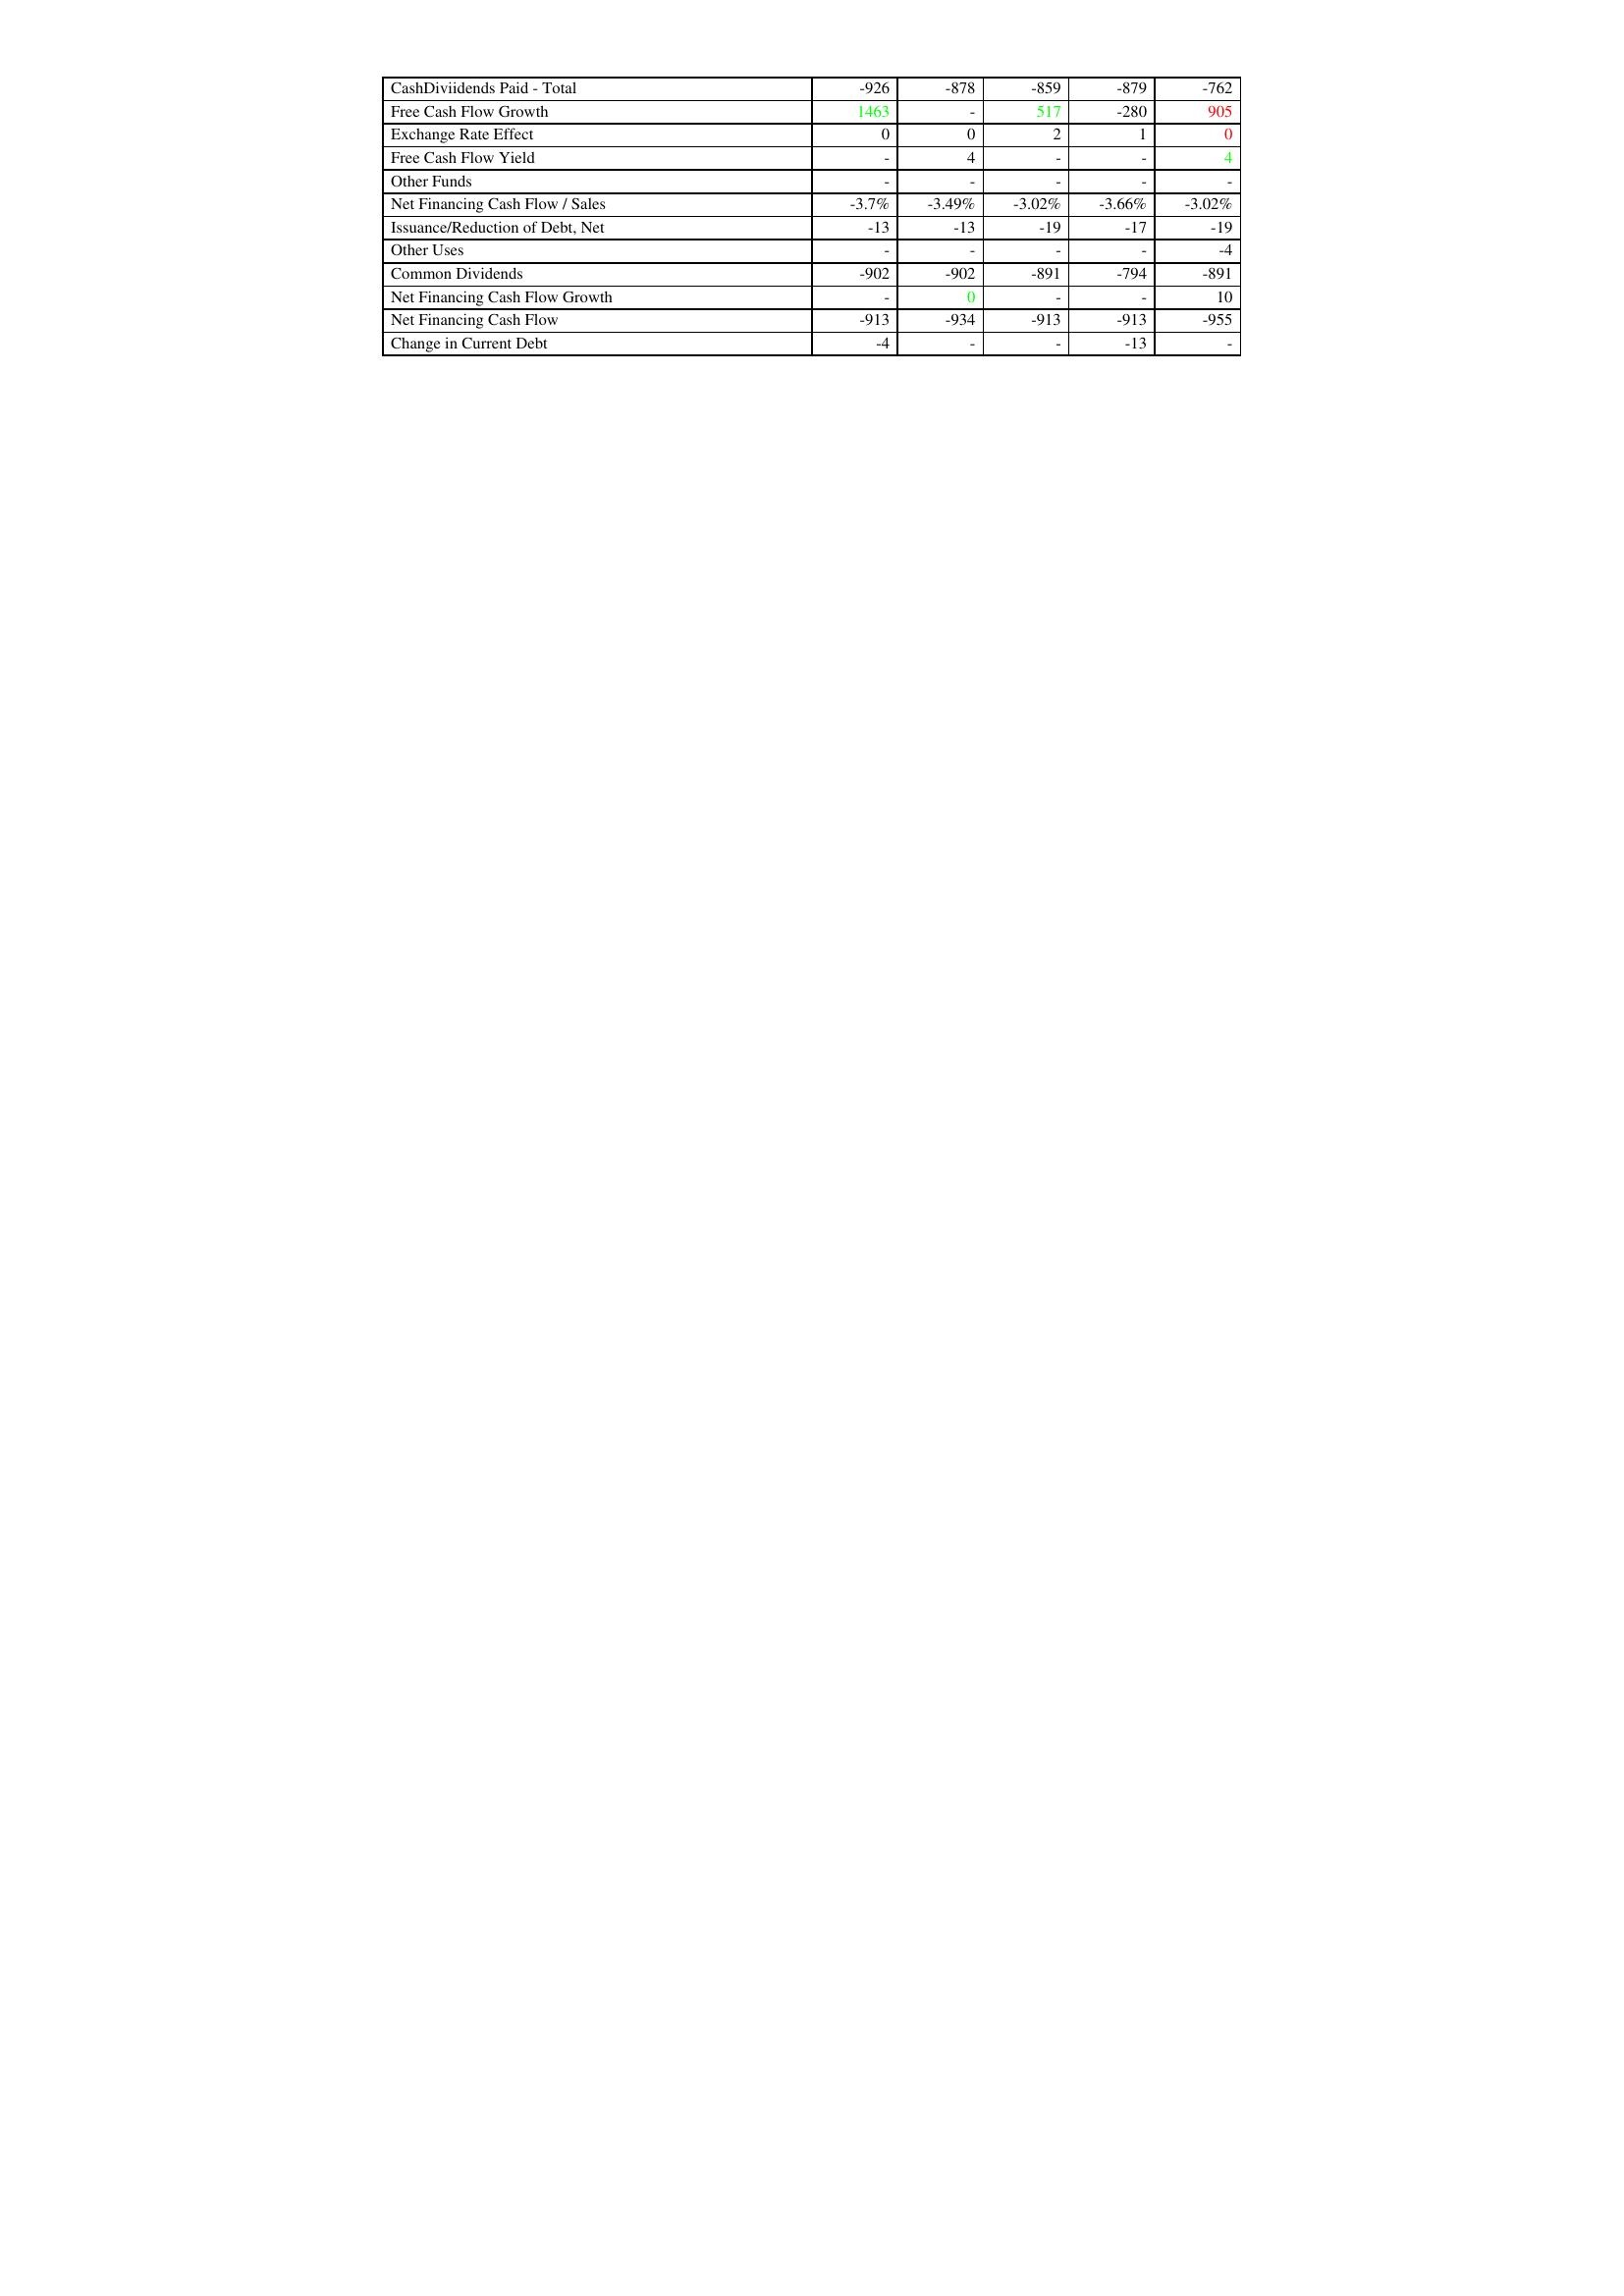
gt_parse: 2011: Financing Activities: CashDiviidends Paid - Total: -926
Free Cash Flow Growth: 1463
Exchange Rate Effect: 0
Free Cash Flow Yield: -
Other Funds: -
Net Financing Cash Flow / Sales: -3.7%
Issuance/Reduction of Debt, Net: -13
Other Uses: -
Common Dividends: -902
Net Financing Cash Flow Growth: -
Net Financing Cash Flow: -913
Change in Current Debt: -4
2012: Financing Activities: CashDiviidends Paid - Total: -878
Free Cash Flow Growth: -
Exchange Rate Effect: 0
Free Cash Flow Yield: 4
Other Funds: -
Net Financing Cash Flow / Sales: -3.49%
Issuance/Reduction of Debt, Net: -13
Other Uses: -
Common Dividends: -902
Net Financing Cash Flow Growth: 0
Net Financing Cash Flow: -934
Change in Current Debt: -
2013: Financing Activities: CashDiviidends Paid - Total: -859
Free Cash Flow Growth: 517
Exchange Rate Effect: 2
Free Cash Flow Yield: -
Other Funds: -
Net Financing Cash Flow / Sales: -3.02%
Issuance/Reduction of Debt, Net: -19
Other Uses: -
Common Dividends: -891
Net Financing Cash Flow Growth: -
Net Financing Cash Flow: -913
Change in Current Debt: -
2014: Financing Activities: CashDiviidends Paid - Total: -879
Free Cash Flow Growth: -280
Exchange Rate Effect: 1
Free Cash Flow Yield: -
Other Funds: -
Net Financing Cash Flow / Sales: -3.66%
Issuance/Reduction of Debt, Net: -17
Other Uses: -
Common Dividends: -794
Net Financing Cash Flow Growth: -
Net Financing Cash Flow: -913
Change in Current Debt: -13
2015: Financing Activities: CashDiviidends Paid - Total: -762
Free Cash Flow Growth: 905
Exchange Rate Effect: 0
Free Cash Flow Yield: 4
Other Funds: -
Net Financing Cash Flow / Sales: -3.02%
Issuance/Reduction of Debt, Net: -19
Other Uses: -4
Common Dividends: -891
Net Financing Cash Flow Growth: 10
Net Financing Cash Flow: -955
Change in Current Debt: -